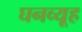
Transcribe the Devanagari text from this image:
घनव्यूह